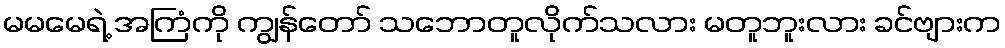
မမမေရဲ့ အကြံကို ကျွန်တော် သဘောတူလိုက်သလား မတူဘူးလား ခင်ဗျားက